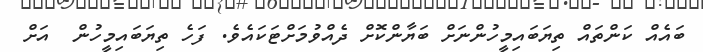
ބައެއް ކަންތައް ތިޔަބައިމީހުންނަށް ބަޔާންކޮށް ދެއްވުމަށްޓަކައެވެ. ފަހެ ތިޔަބައިމީހުން  އަށް